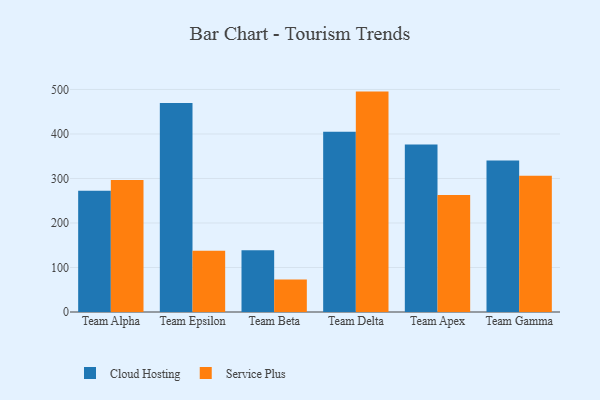
{"axis": {"x": "Team", "y": "Churn Rate (%)"}, "legend": ["Cloud Hosting", "Service Plus"], "data": [{"x": "Team Alpha", "y": 272.2, "type": "Cloud Hosting"}, {"x": "Team Alpha", "y": 296.5, "type": "Service Plus"}, {"x": "Team Epsilon", "y": 469.7, "type": "Cloud Hosting"}, {"x": "Team Epsilon", "y": 137.5, "type": "Service Plus"}, {"x": "Team Beta", "y": 138.8, "type": "Cloud Hosting"}, {"x": "Team Beta", "y": 73.0, "type": "Service Plus"}, {"x": "Team Delta", "y": 404.9, "type": "Cloud Hosting"}, {"x": "Team Delta", "y": 495.2, "type": "Service Plus"}, {"x": "Team Apex", "y": 376.5, "type": "Cloud Hosting"}, {"x": "Team Apex", "y": 263.0, "type": "Service Plus"}, {"x": "Team Gamma", "y": 340.5, "type": "Cloud Hosting"}, {"x": "Team Gamma", "y": 306.2, "type": "Service Plus"}]}